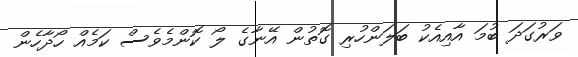
ވަރުގަދަ ބުމަ އާއިއެކު ބަލަންހުރި ގޮތުން އޭނާގެ ލޯ ކޮންމެވެސް ކަމެއް ހޯދާހެން